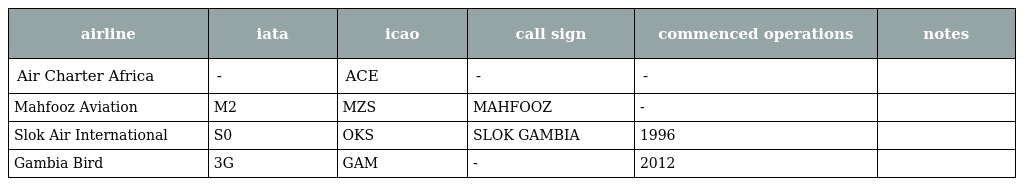
| airline | iata | icao | call sign | commenced operations | notes |
 | --- | --- | --- | --- | --- | --- |
 | Air Charter Africa | - | ACE | - | - |  |
 | Mahfooz Aviation | M2 | MZS | MAHFOOZ | - |  |
 | Slok Air International | S0 | OKS | SLOK GAMBIA | 1996 |  |
 | Gambia Bird | 3G | GAM | - | 2012 |  |